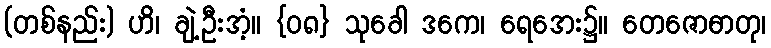
(တစ်နည်း) ဟိ၊ ချဲ့ဦးအံ့။ {၀၈} သုခေါ ဒကေ၊ ရေအေး၌။ တေဇောဓာတု၊